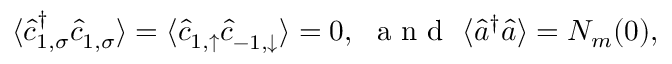
\langle \hat { c } _ { { 1 } , \sigma } ^ { \dagger } \hat { c } _ { { 1 } , \sigma } ^ { \phantom { \dagger } } \rangle = \langle \hat { c } _ { { 1 } , \uparrow } ^ { \phantom { \dagger } } \hat { c } _ { { - 1 } , \downarrow } ^ { \phantom { \dagger } } \rangle = 0 , \ \textnormal { a n d } \ \langle \hat { a } ^ { \dagger } \hat { a } \rangle = N _ { m } ( 0 ) ,